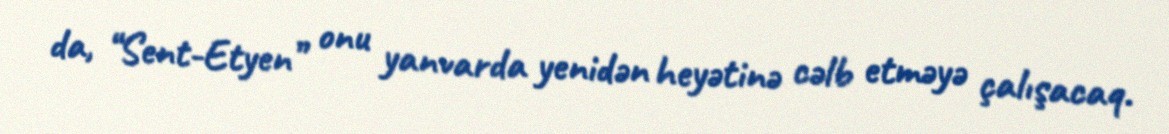
da, “Sent-Etyen” onu yanvarda yenidən heyətinə cəlb etməyə çalışacaq.